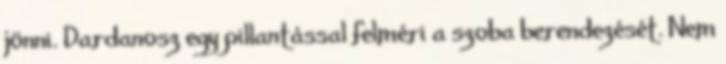
jönni. Dardanosz egy pillantással felméri a szoba berendezését. Nem